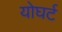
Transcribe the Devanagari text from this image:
योघर्ट